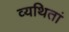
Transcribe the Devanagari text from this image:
व्यथितां